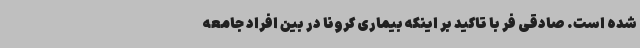
شده است. صادقی فر با تاکید بر اینکه بیماری کرونا در بین افراد جامعه